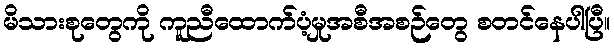
မိသားစုတွေကို ကူညီထောက်ပံ့မှုအစီအစဉ်တွေ စတင်နေပါပြီ။